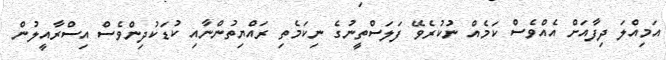
އަމިއްލަ ދިފާއަށް އެއްވެސް ކަމެއް ނުކުރެވޭ ފަލަސްތީނުގެ ނިކަމެތި ރައްޔިތުންނާއި ކުޑަކުދިންވެސް އިސްރާއީލުން